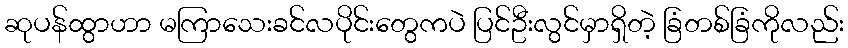
ဆုပန်ထွာဟာ မကြာသေးခင်လပိုင်းတွေကပဲ ပြင်ဦးလွင်မှာရှိတဲ့ ခြံတစ်ခြံကိုလည်း